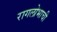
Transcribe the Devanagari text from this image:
रागलोभाची